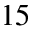
1 5